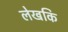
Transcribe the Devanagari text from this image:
लेखकि